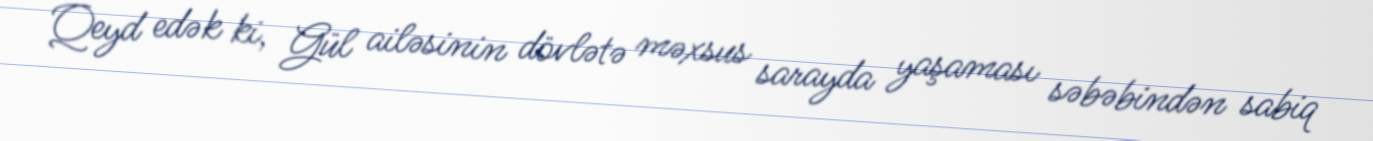
Qeyd edək ki, Gül ailəsinin dövlətə məxsus sarayda yaşaması səbəbindən sabiq